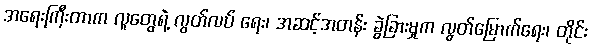
အရေးကြီးတာက လူတွေရဲ့ လွတ်လပ် ရေး၊ အဆင့်အတန်း ခွဲခြားမှုက လွတ်မြောက်ရေး၊ တိုင်း